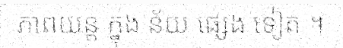
ភាពយន្ត ក្នុង ន័យ ផ្សេង ទៀត ។